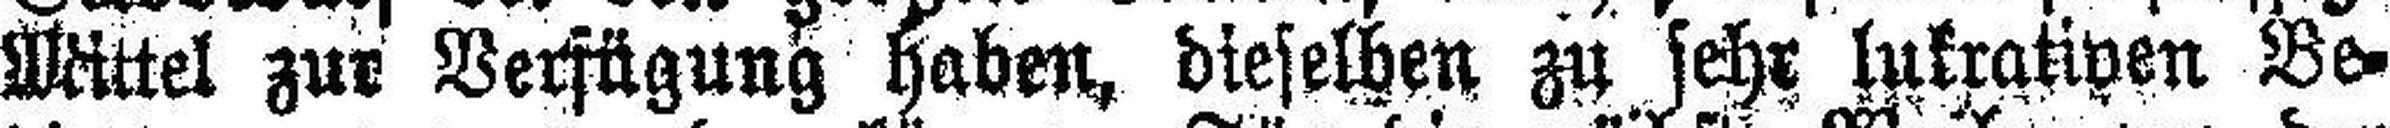
Mittel zur Verfügung haben, dieselben zu sehr lukrativen Be¬